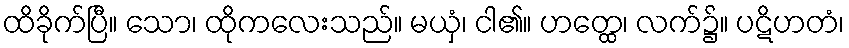
ထိခိုက်ပြီ။ သော၊ ထိုကလေးသည်။ မယှံ၊ ငါ၏။ ဟတ္ထေ၊ လက်၌။ ပဋိဟတံ၊